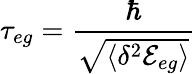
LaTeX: \tau_{eg}=\frac{\hbar}{\sqrt{\langle\delta^{2}{\mathcal{E}}_{eg}\rangle}}